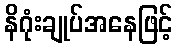
နိဂုံးချုပ်အနေဖြင့်